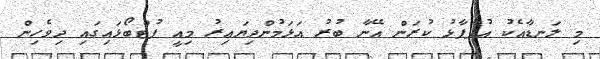
މި ލަނޑާއެކު އުފާފާޅު ކުރަން އޭނާ ބުރު އަޅަމުންދިޔައިރު މިއީ ފުޓްބޯޅައިގައި ދިވެހިން